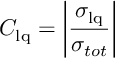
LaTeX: C _ { \mathrm { l q } } = \bigg | \frac { \sigma _ { \mathrm { l q } } } { \sigma _ { t o t } } \bigg |